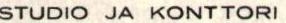
STUDIO JA KONTTORI